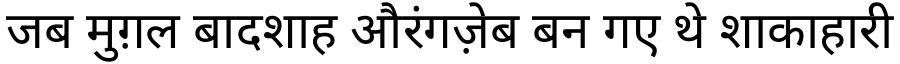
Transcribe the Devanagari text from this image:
जब मुग़ल बादशाह औरंगज़ेब बन गए थे शाकाहारी